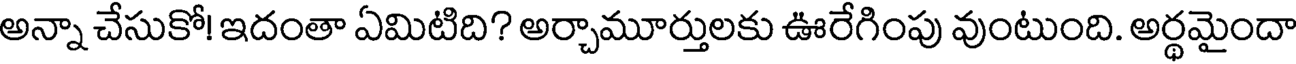
అన్నా చేసుకో! ఇదంతా ఏమిటిది? అర్చామూర్తులకు ఊరేగింపు వుంటుంది. అర్థమైందా